38_143685_box_Incident_Summaries_101-172
Agency: Department of War
Page 55
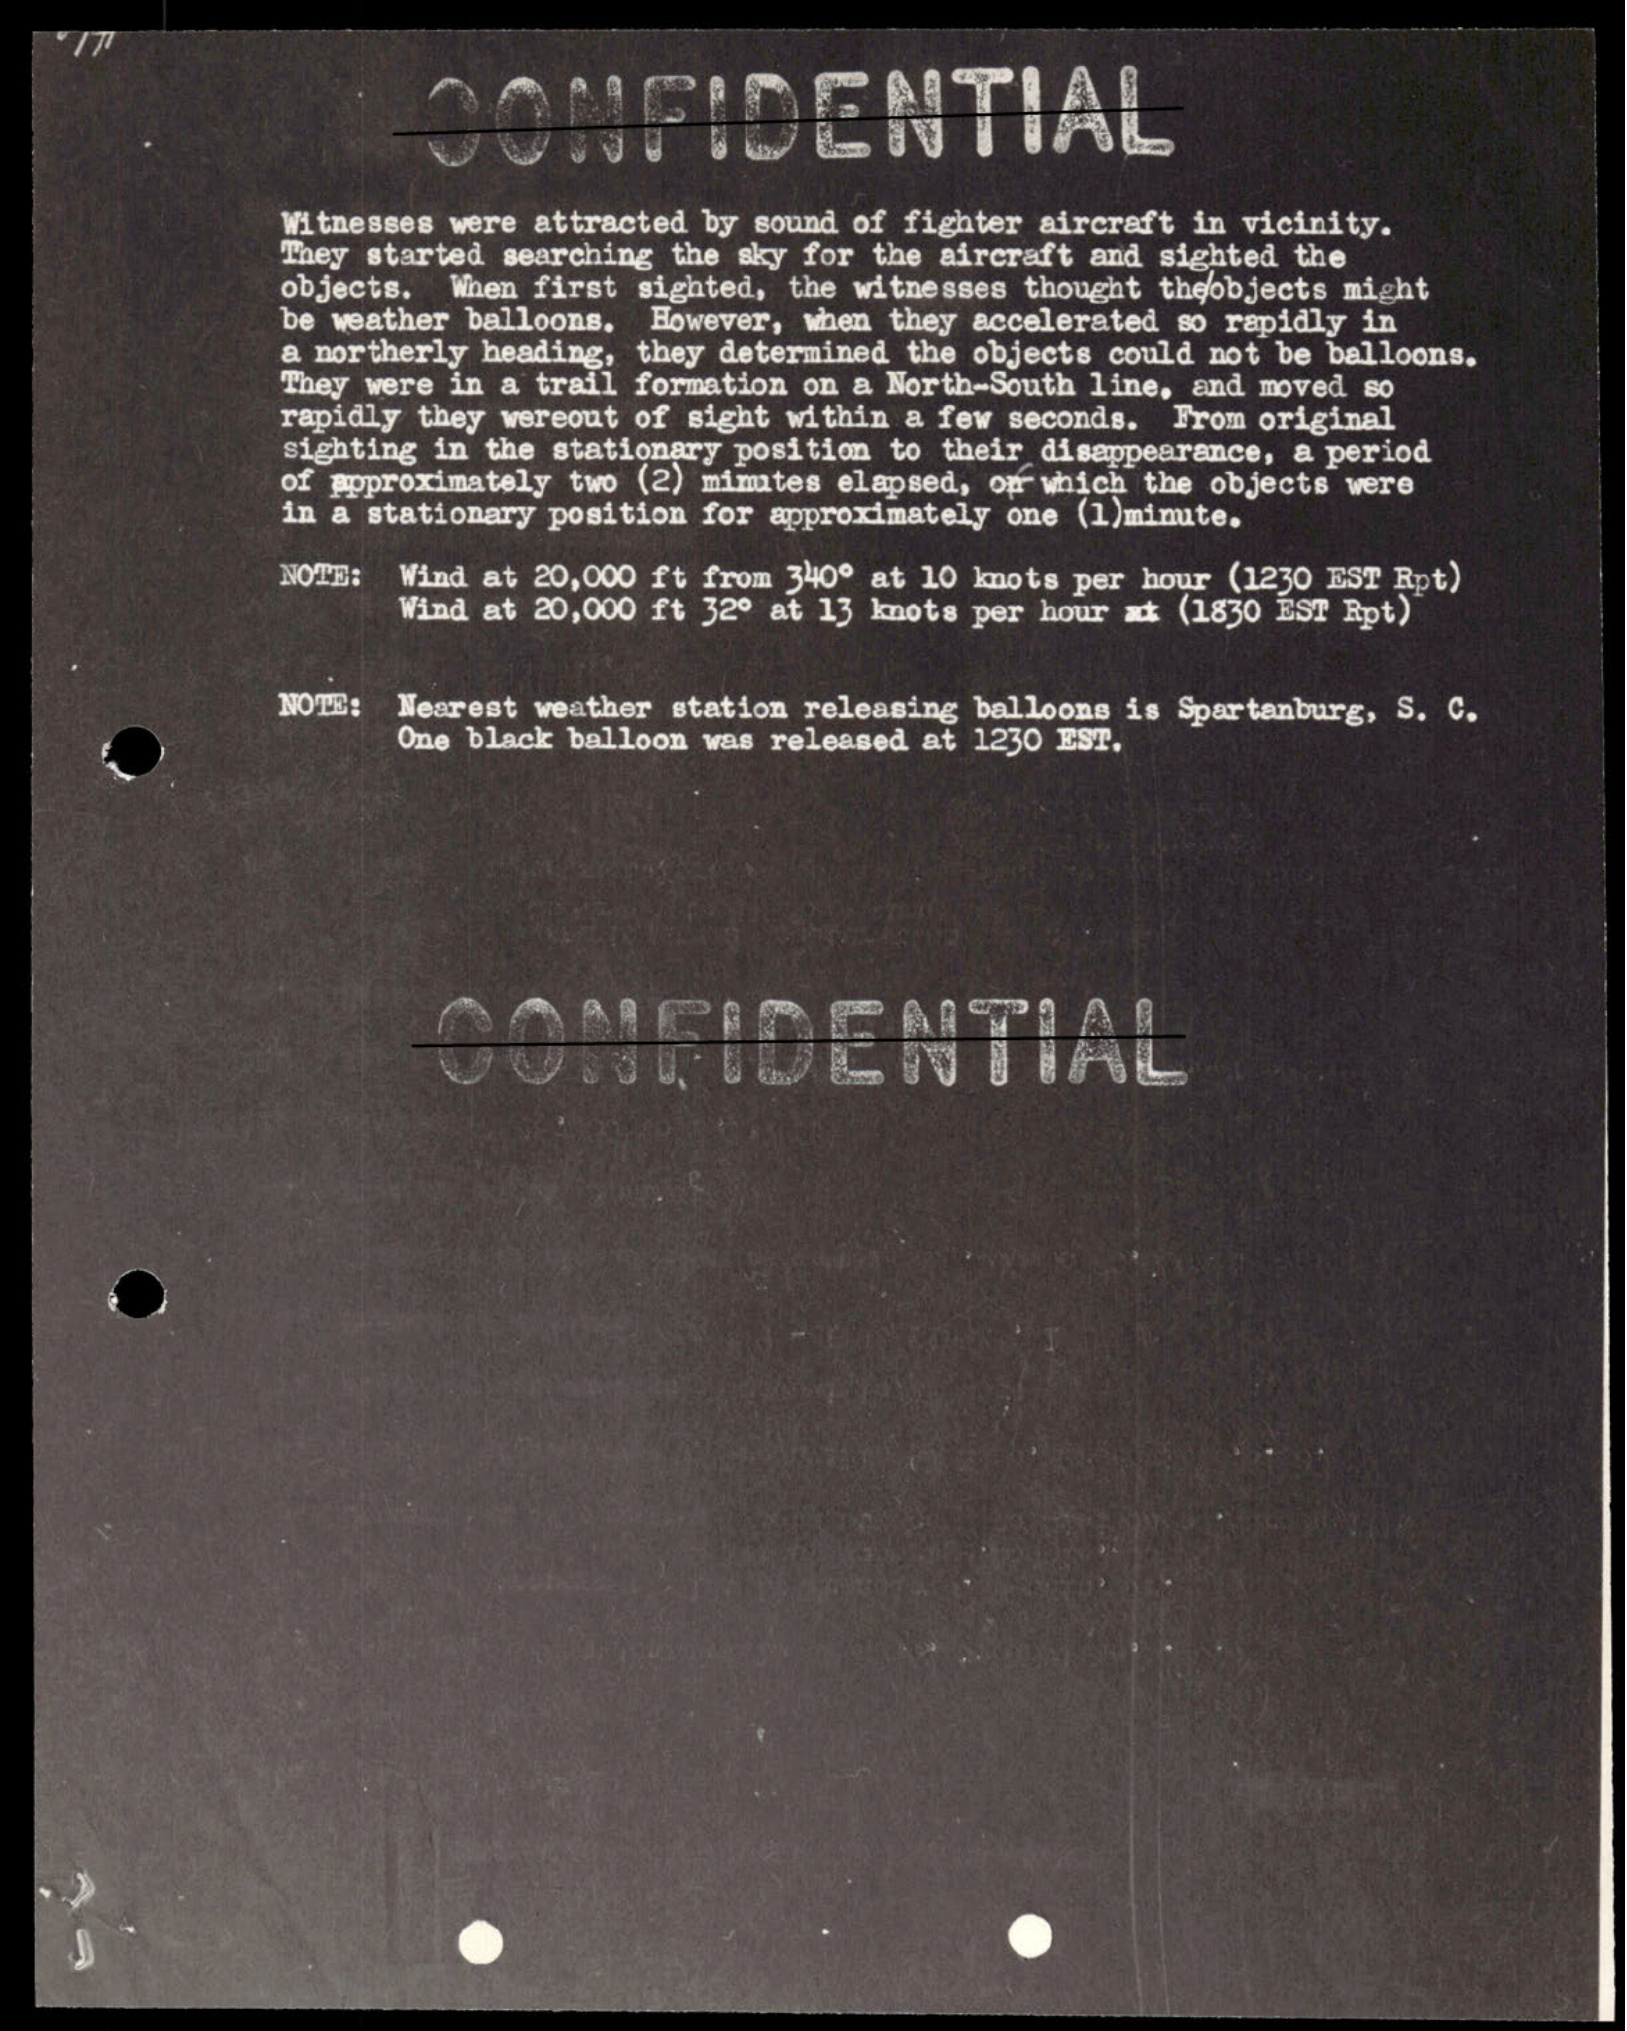